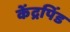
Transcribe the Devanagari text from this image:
केंद्रपिंड